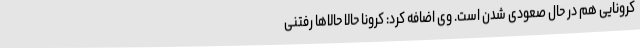
کرونایی هم در حال صعودی شدن است. وی اضافه کرد: کرونا حالا حالاها رفتنی